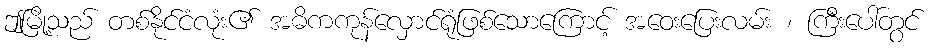
ဤမြို့သည် တစ်နိုင်ငံလုံး၏ အဓိကကုန်လှောင်ရုံဖြစ်သောကြောင့် အဝေးပြေးလမ်း ၊ ကြီးပေါ်တွင်